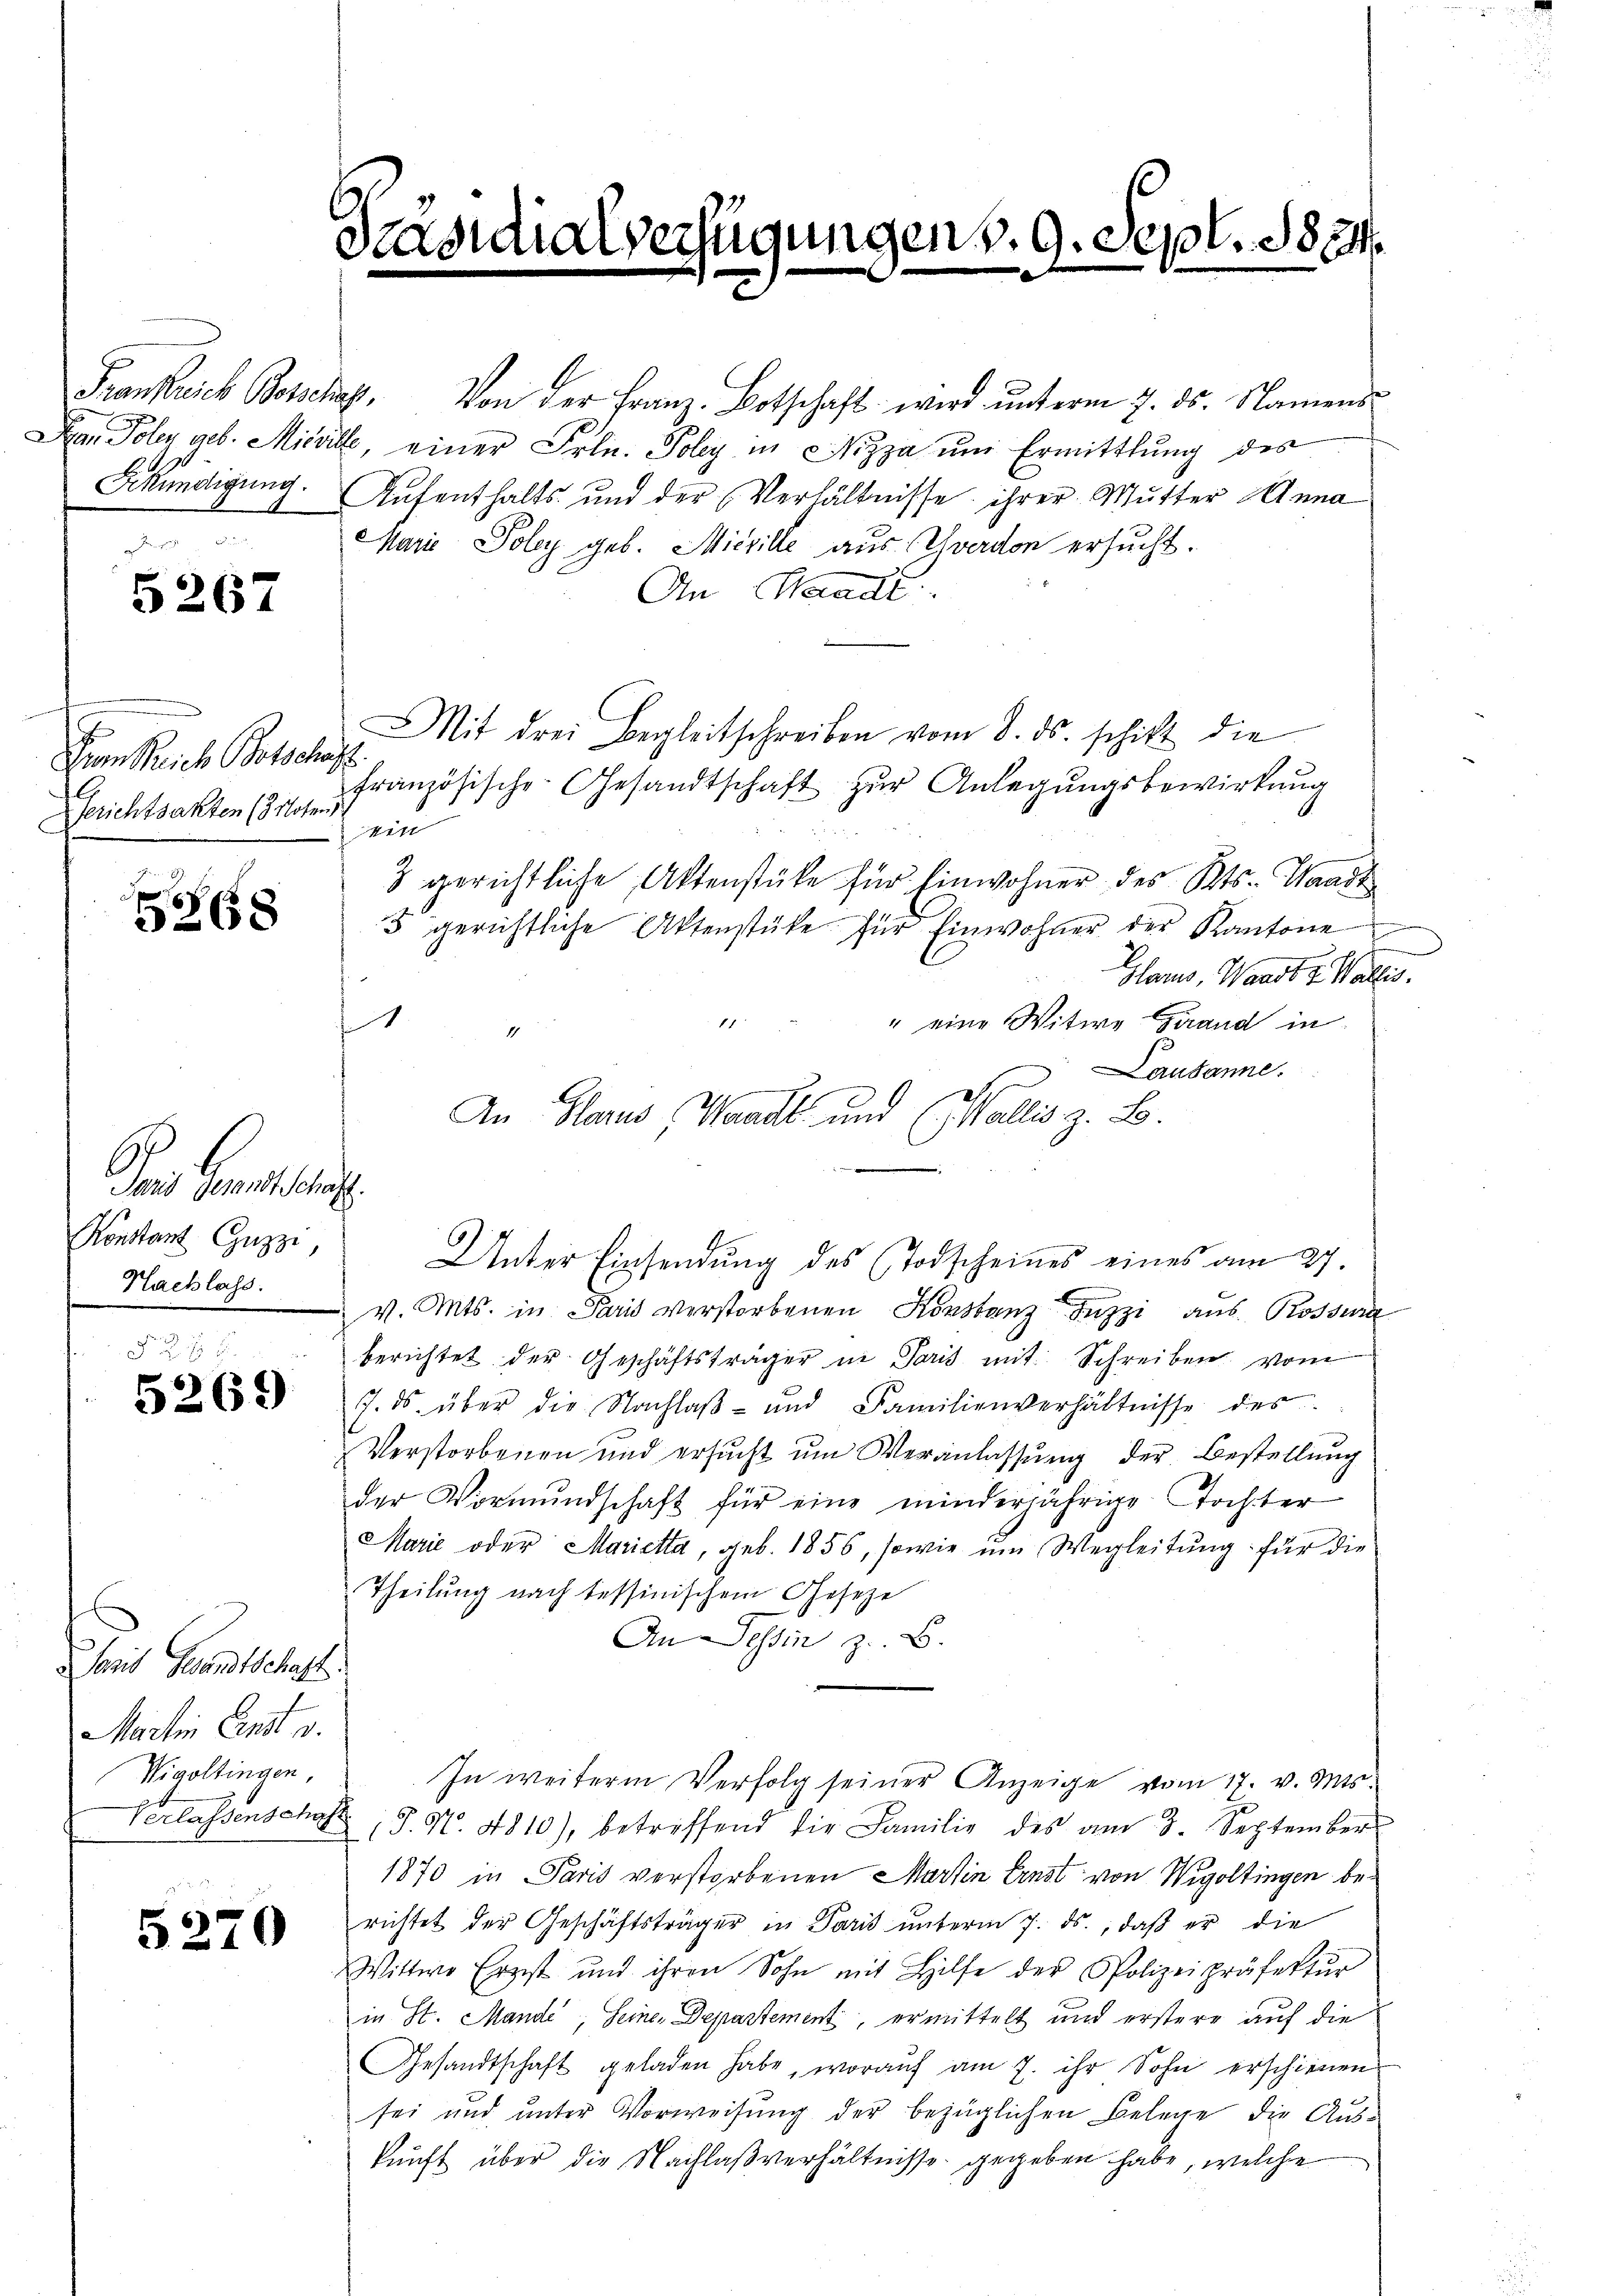
5267

Pro Reich Botschaf
Gerichtsakten (Notens

868

Bartlich
Konstanz Guzzi,
Nachlass.

§ 8
5269

Samit Gesandtschaft
Martin Ent
Wigoltingen,

5270

a

Frankreich Botsche. Von der Franz-Botschaft wird ŭnterm 7. ds. Namens
Dan Polen geb. Misville, einer Frln. Poley in Nizza um Ermittlung des
Erkundigung. Aŭfenthalts und der Verhältnisse ihrer Mutter Anna
Marie Poley geb. Michille aus verdon ersucht.
An Waadt
Mit drei Begleitschreiben vom 8. ds. schikt die
französische Gesandtschaft zur Anlegungsbewirkung
ein
3 gerichtliche Aktenstüke für Einwohner des Kts. Waadt
5 gerichtliche Aktenstüke für Einwohner der Kantone
Glarus, Waadt v. Walli
" eine Witwe Girand in
1
1.
Lausanne.
2
Unter Einsendung des (Todscheines eines am 27.
v. Mts. in Paris verstorbenen Konstanz Juzzi aus Rossia
berichtet der Geschäftsträger in Paris mit Schreiben vom
7. ds. über die Nachlaβ- und Familienverhältnisse des
Verstorbenen und ersucht um Veranlassung der Bestellung
der Vormŭndschaft für eine minderjährige Tochter
Marie oder Marietta, geb. 1856, sowie um Wegleitung für die
Theilung nach tessinischem Gesetze
An Tessin z. B.
In weiterm Verfolg seiner Anzeige vom 17. v. Mts.
Erlassenschaft J. N. 4810), betreffend die Familie des am 3. September
1870 in Paris verstorbenen Martin Ernst von Wigoltingen berichtet der Geschäftsträger in Paris unterm 7. ds., daß er die
Wittwe Erzest und ihren Sohn mit Hilfe der Polizeipräfektŭr
in St. Mande, seine Departement, ermittelt und erstere auf die
Gesandtschaft geladen habe, woraŭf am 7. ihr Sohn erschienen
sei und unter Vorweisung der bezüglichen Belege die Auskunft über die Nachlaßverhältnisse gegeben habe, welche

An Glarus (Waadt und (Wallis z. B.

erfügungen v. 9. Sept. 183